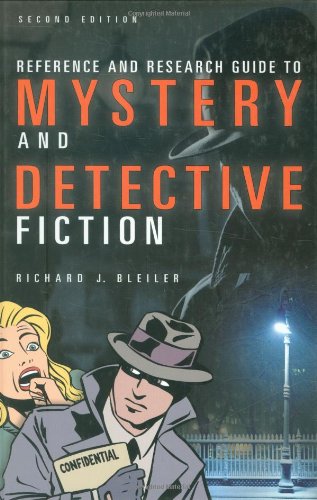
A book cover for Reference and Research Guide to Mystery and Detective Fiction (Reference Sources in the Humanities); Richard Bleiler; Mystery, Thriller & Suspense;